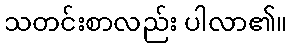
သတင်းစာလည်း ပါလာ၏။